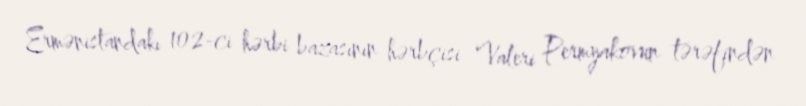
Ermənistandakı 102-ci hərbi bazasının hərbçisi Valeri Permyakovun tərəfindən